Dysentery and liver abscess in Bombay - Number 47
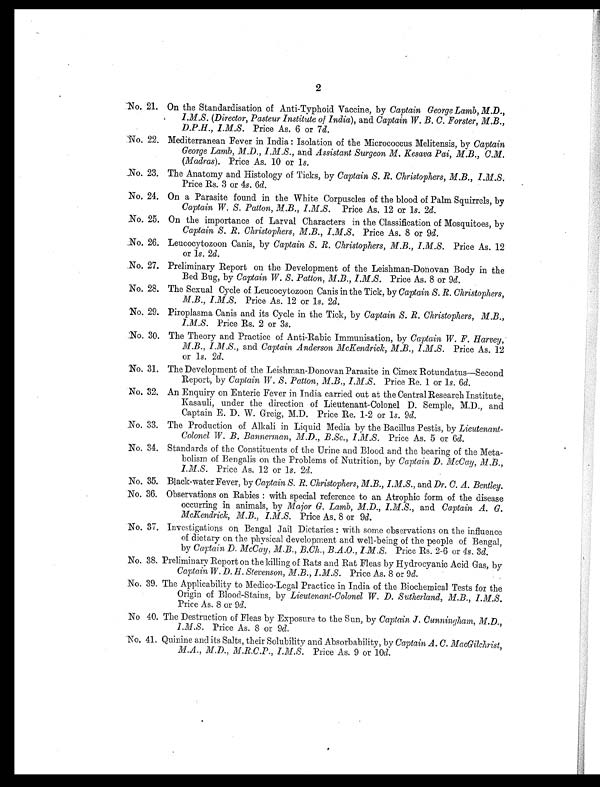
2
No. 21. On the Standardisation of Anti-Typhoid Vaccine, by Captain George Lamb, M.D.,
I.M.S. (Director, Pasteur Institute of India) , and Captain W. B. C. Forster, M.B.,
D.P.H., I.M.S. Price As. 6 or 7d.
No. 22. Mediterranean Fever in India : Isolation of the Micrococcus Melitensis, by Captain
George Lamb, M.D., I.M.S., and Assistant Surgeon M. Kesava Pai, M.B., C.M.
(Madras). Price As. 10 or 1s .
No. 23. The Anatomy and Histology of Ticks, by Captain S. R. Christophers, M.B., I.M.S .
Price Rs. 3 or 4s. 6d.
No. 24. On a Parasite found in the White Corpuscles of the blood of Palm Squirrels, by
Captain W. S. Patton, M.B., .I.M.S. Price As. 12 or 1s. 2d.
No. 25. On the importance of Larval Characters in the Classification of Mosquitoes, by
Captain S. R. Christophers, M.B., I.M.S . Price As. 8 or 9d.
No. 26. Leucocytozoon Canis, by Captain S. R. Christophers, M.B., I.M.S. Price As. 12
or 1s. 2d.
No. 27. Preliminary Report on the Development of the Leishman-Donovan Body in the
Bed Bug, by Captain W. S. Patton, M.B., I.M.S . Price As. 8 or 9d.
No. 28. The Sexual Cycle of Leucocytozoon Canis in the Tick, by Captain S. R. Christophers,
M.B., I.M.8. Price As. 12 or 1s. 2d.
No. 29. Piroplasma Canis and its Cycle in the Tick, by Captain S. R. Christophers, M.B.,
I.M.S. Price Rs. 2 or 3s.
No. 30. The Theory and Practice of Anti-Rabic Immunisation, by Capt ai n W. F. Har v ey ,
M.B., I.M.S ., and Captain Anderson McKendrick, M.B., I.M.S . Price As. 12
or 1s . 2
d .
No. 31. The Development of the Leishman-Donovan Parasite in Cimex Rotundatus-Second
Report, by Captain W. S. Patton, M.B., I.M.S. Price Re. 1 or 1s. 6d.
N o . 3 2 . A n E n q u i r y o n E n t e r i c F e v e r i n I n d i a c a r r i e d o u t a t t h e C e n t r a l R e s e a r c h I n s t i t u t e ,
Kasauli, under the direction of Lieutenant-Colonel D. Semple, M.D., and
Captain E. D. W. Greig, M.D. Price Re. 1-2 or 1 s . 9
d .
No. 33. The Production of Alkali in Liquid Media by the Bacillus Pestis, by Lieutenant-
Colonel W. B. Bannerman, M.D., B.Sc., I.M.S. Price As. 5 or 6d.
No. 34. Standards of the Constituents of the Urine and Blood and the bearing of the Meta
- b o l i s m o f B e n g a l i s o n t h e P r o b l e m s o f N u t r i t i o n , b yC
a p t a i n D . M c C a y , M . B . ,
I.M.S. Price As. 12 or 1s . 2
d .
No. 35. Black-water Fever, by Captain S. R. Christophers, M.B., I.M.S., and Dr. C. A. Bentley.
No. 36. Observations on Rabies : with special reference to an Atrophic form of the disease
occurring in animals, by Major G. Lamb, M.D., I.M.S. , and Captain A. G.
McKendrick, M.B., I.M.S. Price As. 8 or 9d.
No. 37. Investigations on Bengal Jail Dietaries : with some observations on the influence
of dietary on the physical development and well-being of the people of Bengal,
by C a p t a i n D . M c C a y , M . B . , B . C h . , B . A . O . , I . M . S . P r i c e R s . 2 - 6 o r 4
s . 3
d .
No. 38. Preliminary Report on the killing of Rats and Rat Fleas by Hydrocyanic Acid Gas, by
Captain W. D. H. Stevenson, M.B., I.M.S . Price As. 8 or 9d.
No. 39. The Applicability to M e d i c o - L e g a l P r a c t i c e i n I n d i a o f t h e B i o c h e m i c a l T e s t s f o r t h e
Origin of Blood-Stains, by L i e u t e n a n t - C o l o n e l W . D . S u t h e r l a n d , M . B . , I . M . S
.
Price As. 8 or 9d.
No 40. The Destruction of Fleas by Exposure to the Sun, by Captain J. Cunningham, M.D.,
I.M.S. Price As. 8 or 9d.
No. 41. Quinine and its Salts, their Solubility and. Absorbability, by Captain A. C. MacGilchrist,
M.A., M.D., M.R.C.P., I.M.S . Price As. 9 or 10d.